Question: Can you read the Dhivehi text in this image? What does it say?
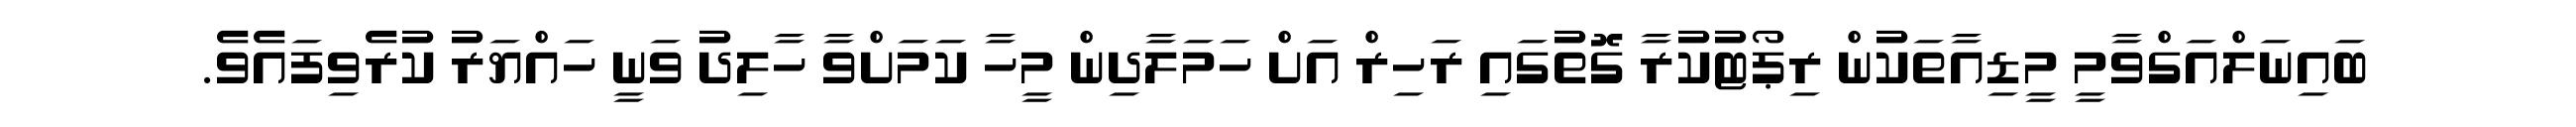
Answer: ބައިނަލްއަގްވާމީ މީޑިއާތަކުން ރިޕޯޓުކުރާ ގޮތުގައި ރަހިރް އަށް ހަމަލާދިން މީހާ ކަމަށްވާ ހާލިދު ވަނީ ހައްޔަރު ކުރެވިފައެވެ.